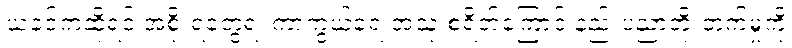
ယခင်ကဆိုရင် အစိုးရတွေရဲ့ ကာကွယ်ရေးအသုံးစရိတ်ကြောင့် နည်းပညာတိုးတက်မှုကို